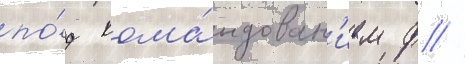
по́д кома́ндован'ием ф //